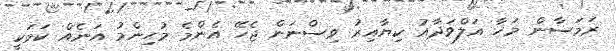
ރަމަޟާން މަހާ އަލްވަދާއު ކިޔާއިރު ވިސްނަން ޖެހޭ އެންމެ މުހިންމު އަނެއް ކަމަކީ